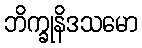
ဘိက္ခုနိဒသမော